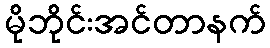
မိုဘိုင်းအင်တာနက်